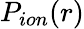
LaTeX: P_{ion}(r)